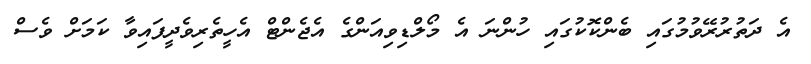
އެ ދަތުރުރޭވުމުގައި ބެންކޮކުގައި ހުންނަ އެ މޯލްޑިވިއަންގެ އެޖެންޓް އެހީތެރިވެދީފައިވާ ކަމަށް ވެސް